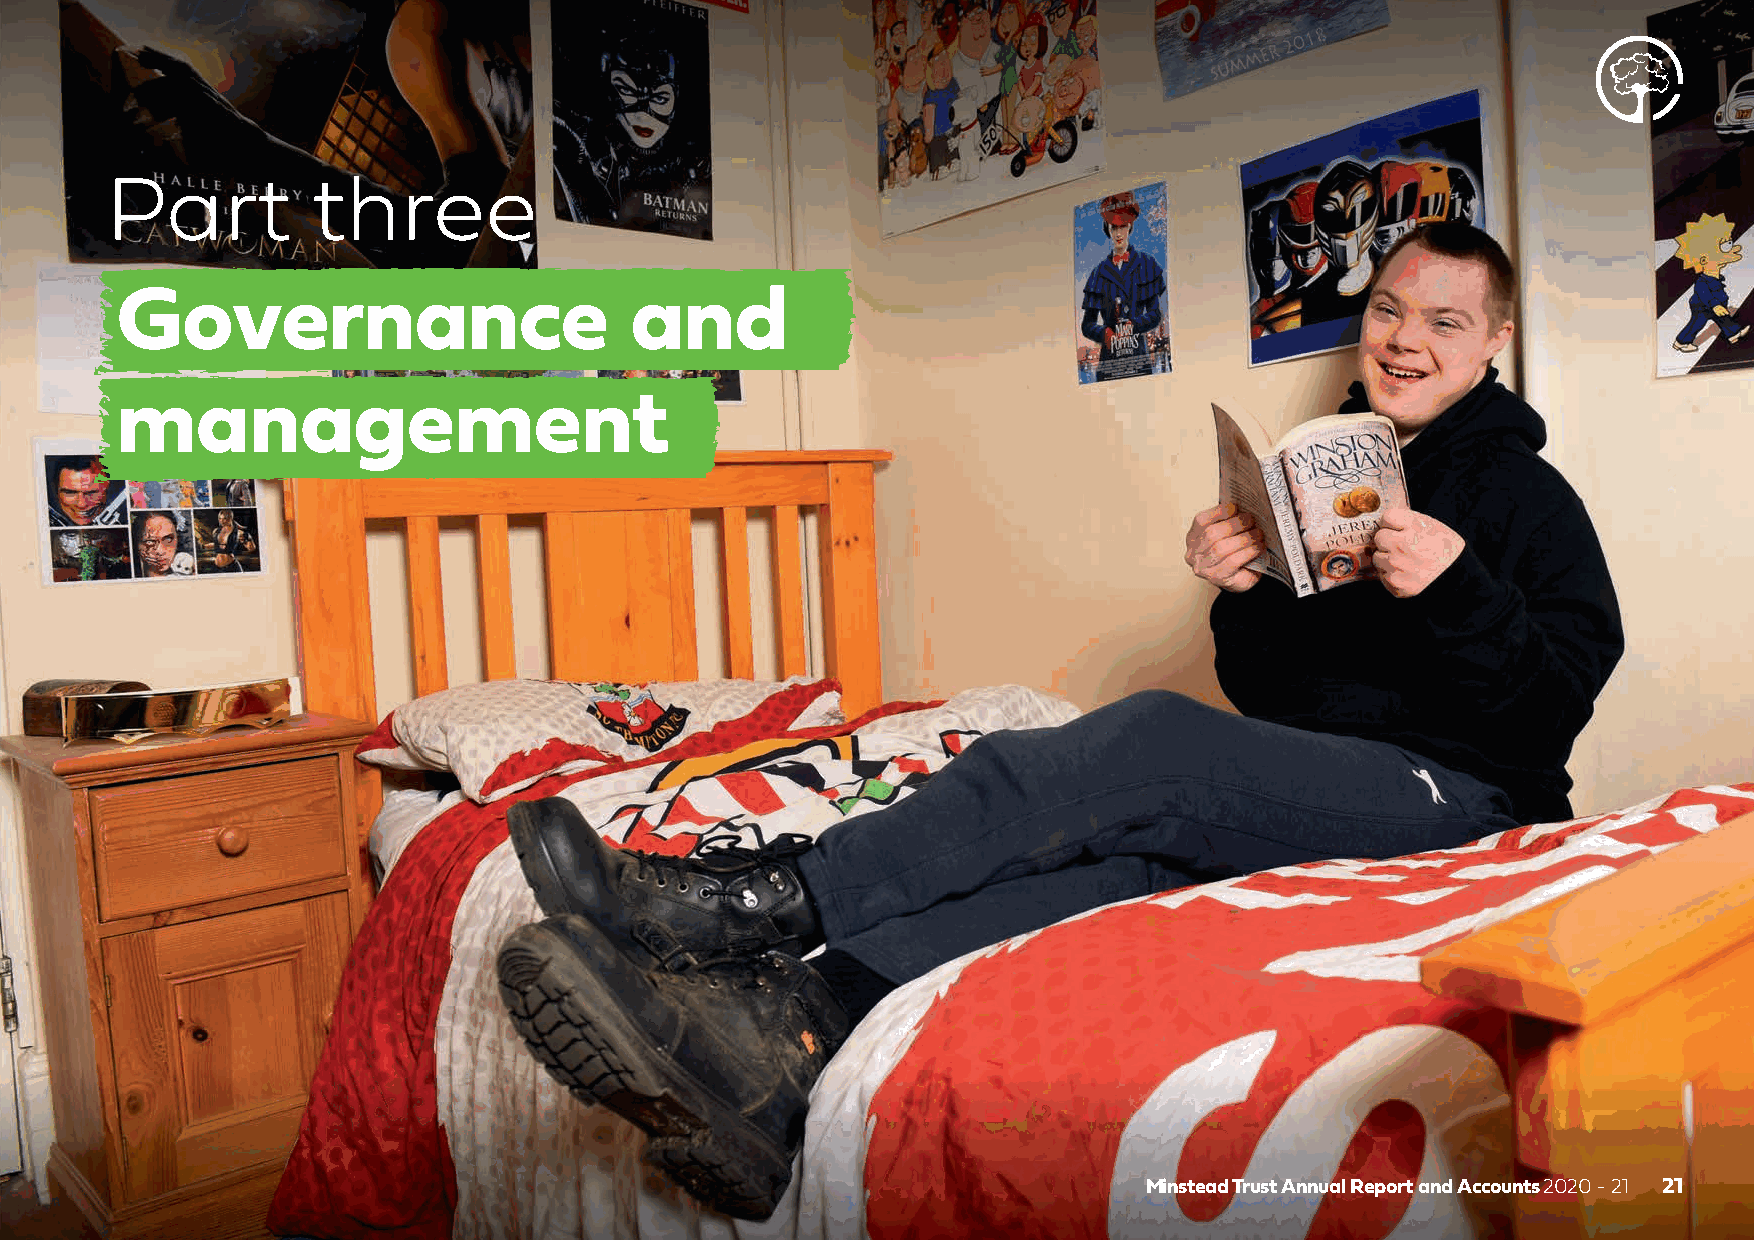
Part          three
 Governance                        and
 management
 Minstead Trust Annual Report and Accounts 2020 - 21 21